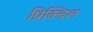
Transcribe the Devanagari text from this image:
प्रिक्विल